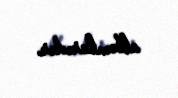
albomlarıdır.